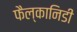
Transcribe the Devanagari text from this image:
फैल्कानिडी